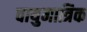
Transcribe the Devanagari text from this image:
वायुमात्रिक